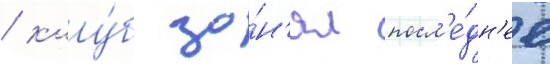
/ клу́б за́н'ял посл'е́дн'ее